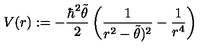
V ( r ) : = - \frac { \hbar ^ { 2 } \tilde { \theta } } { 2 } \left( \frac { 1 } { r ^ { 2 } - \tilde { \theta } ) ^ { 2 } } - \frac { 1 } { r ^ { 4 } } \right)